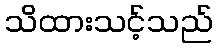
သိထားသင့်သည်